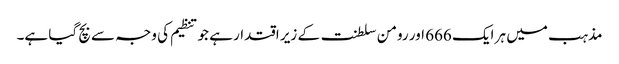
مذہب میں ہر ایک 666 اور رومن سلطنت کے زیر اقتدار ہے جو تنظیم کی وجہ سے بچ گیا ہے۔